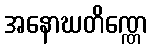
အနောဃတိဏ္ဏေ